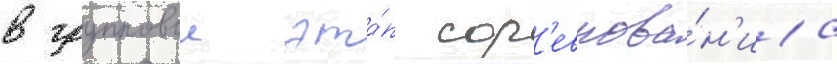
в групповои эта́п сор'евнова́н'иа